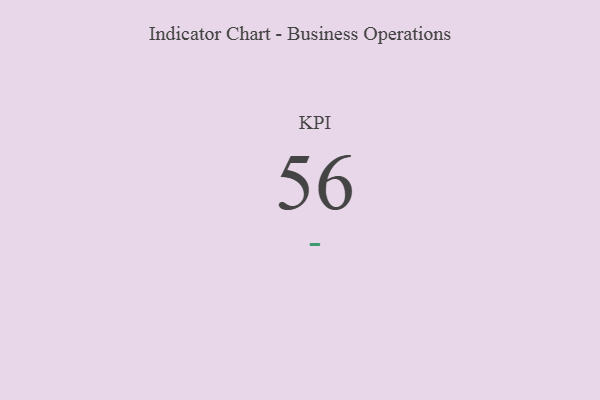
{"axis": {"x": "KPI", "y": "Value"}, "legend": [""], "data": [{"x": "KPI", "y": 56, "type": ""}]}